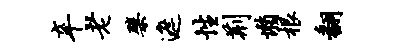
辛老檗遮性荆懒根翻